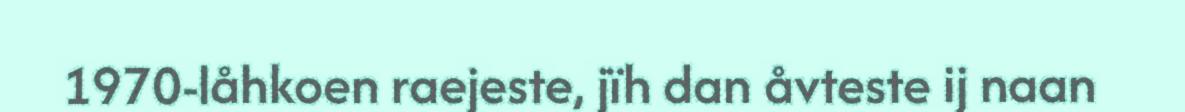
1970-låhkoen raejeste, jïh dan åvteste ij naan